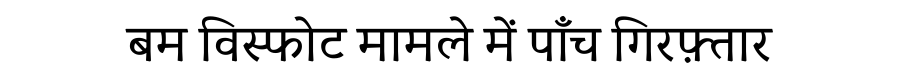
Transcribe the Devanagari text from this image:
बम विस्फोट मामले में पाँच गिरफ़्तार